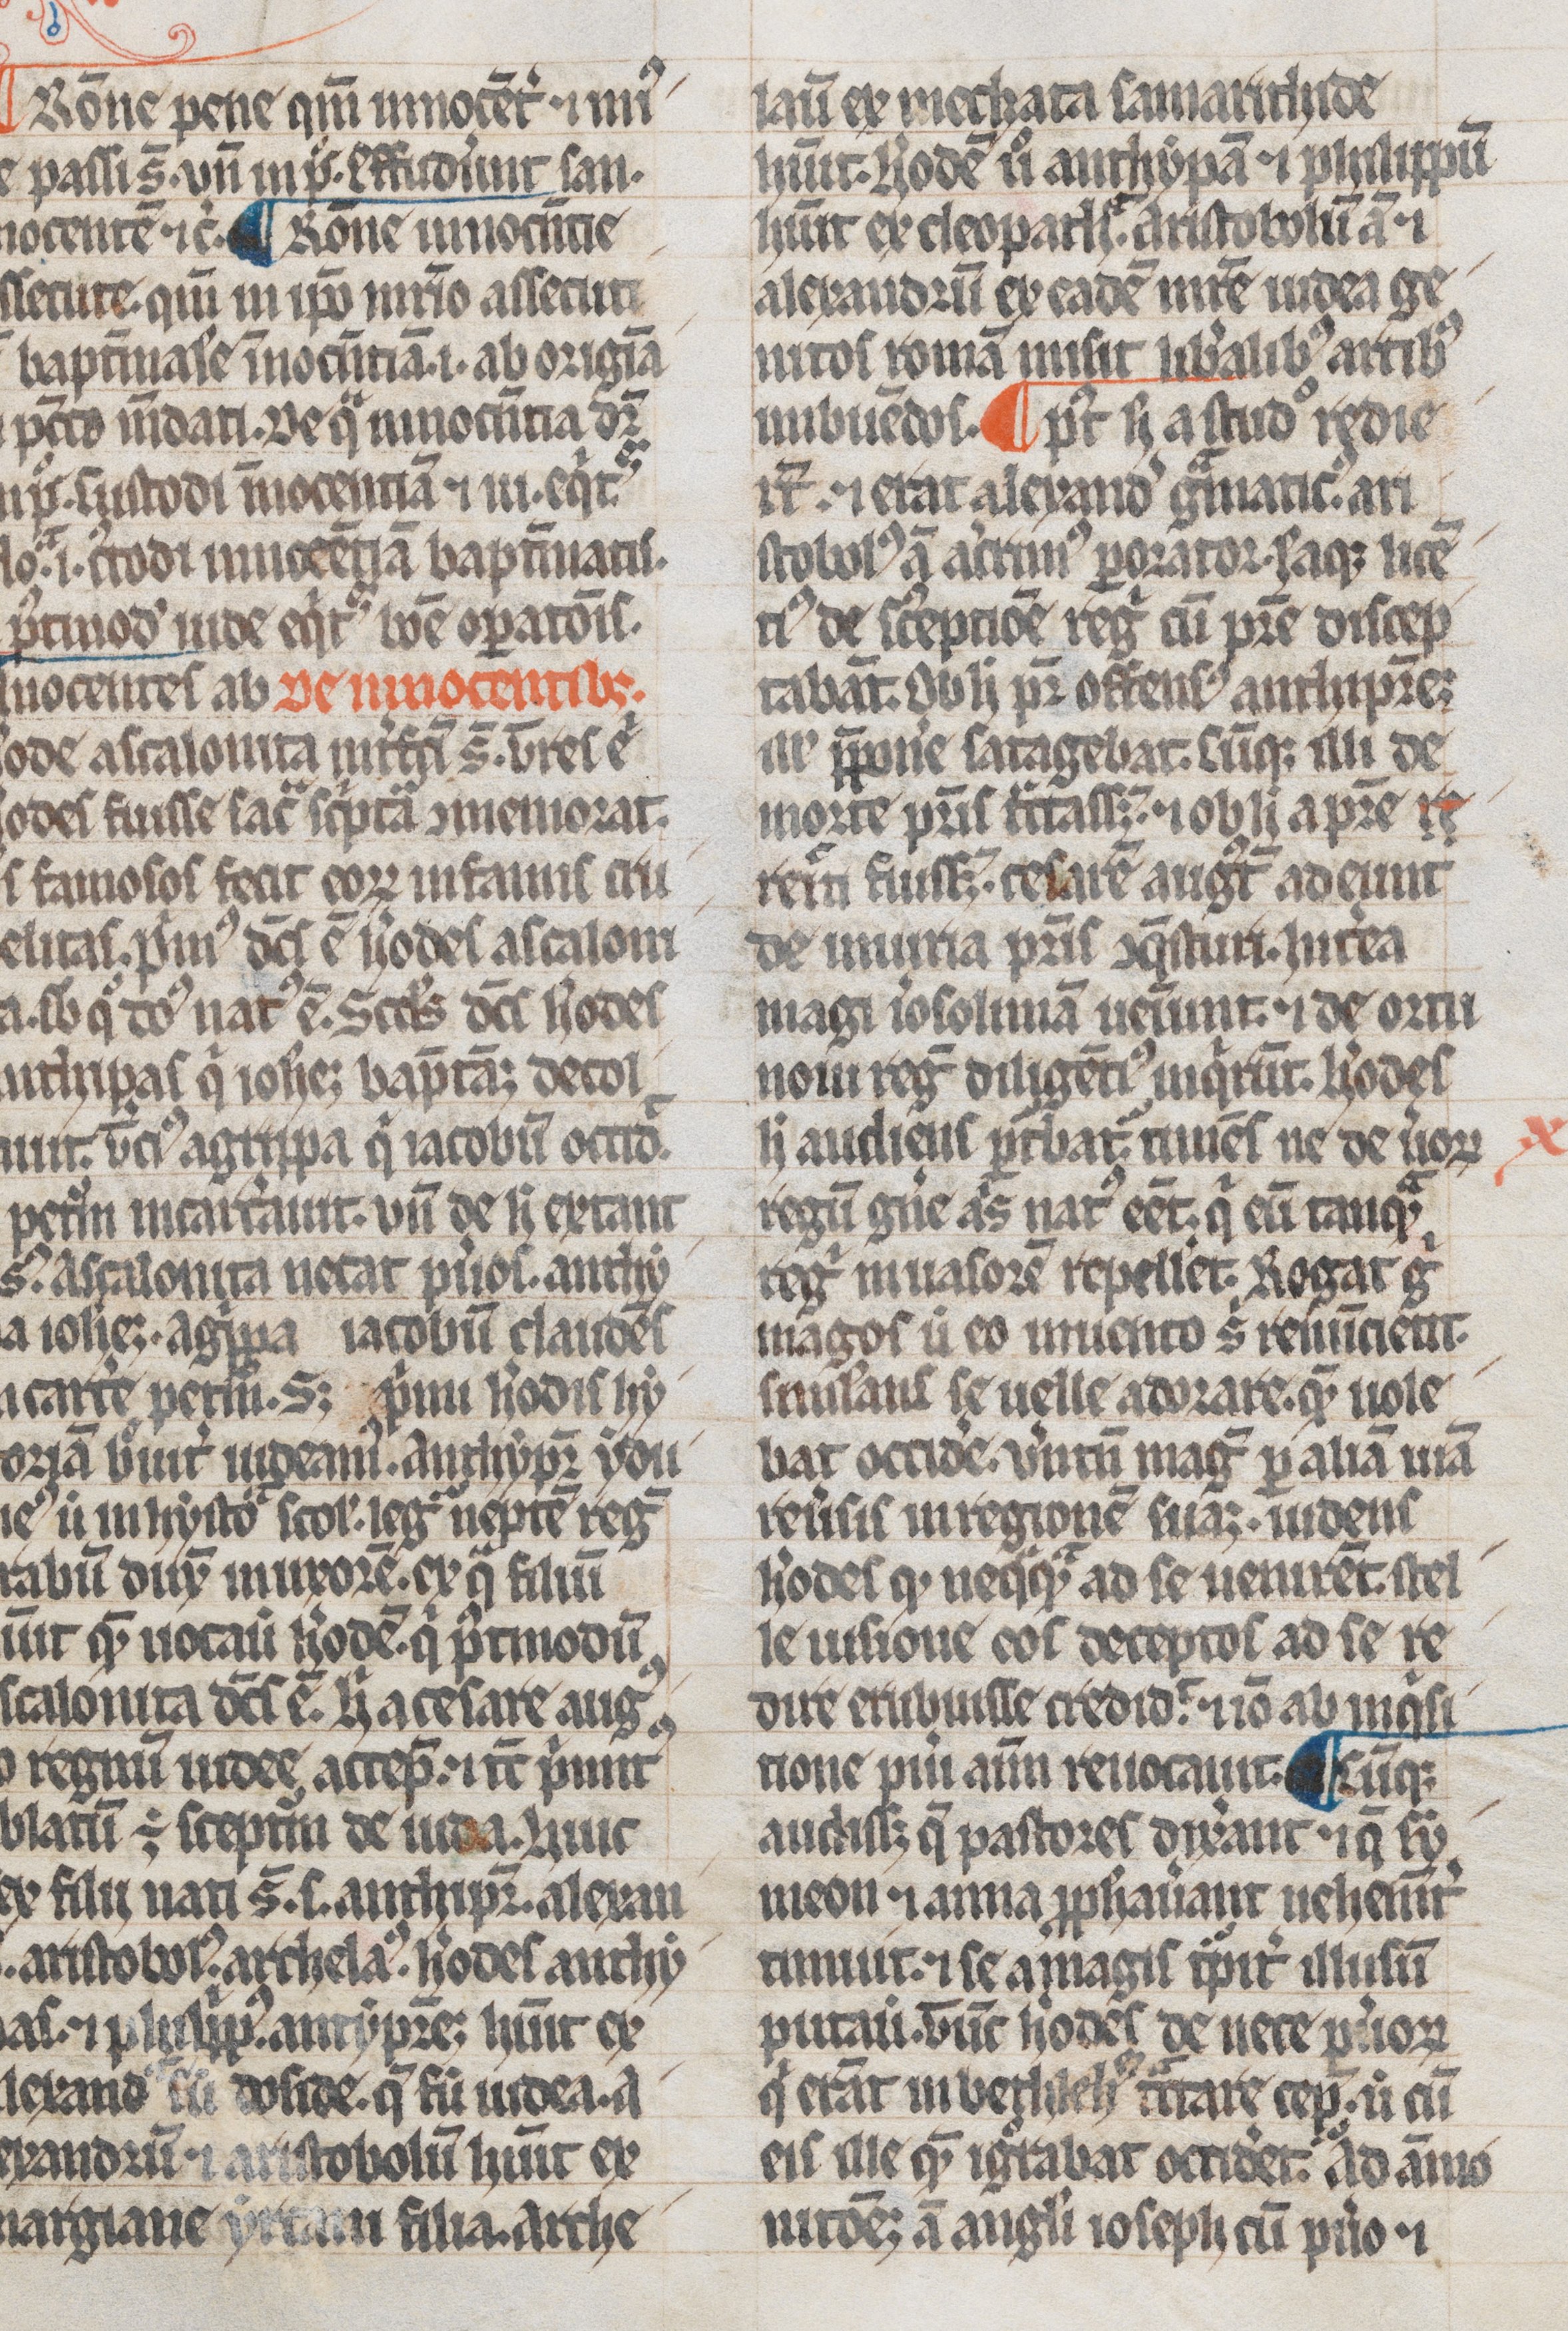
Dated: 1300–1399